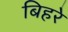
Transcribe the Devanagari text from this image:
बिहरे